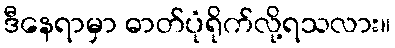
ဒီနေရာမှာ ဓာတ်ပုံရိုက်လို့ရသလား။